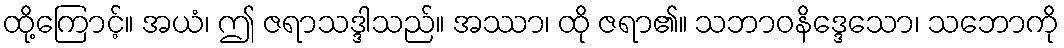
ထို့ကြောင့်။ အယံ၊ ဤ ဇရာသဒ္ဒါသည်။ အဿာ၊ ထို ဇရာ၏။ သဘာဝနိဒ္ဒေသော၊ သဘောကို